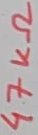
Text: 47KΩ